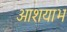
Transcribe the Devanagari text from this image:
आशयाभ